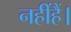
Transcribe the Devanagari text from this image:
नहींहैं।